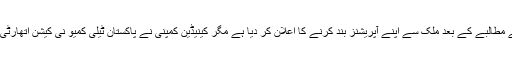
2015ء)بلیک بیری لمیٹڈ نے پاکستان میں حکومت کی جانب سے معلومات تک مکمل رسائی کے مطالبے کے بعد ملک سے اپنے آپریشنز بند کرنے کا اعلان کر دیا ہے مگر کینیڈین کمپنی نے پاکستان ٹیلی کمیو نی کیشن اتھارٹی کی جانب سے ایک ماہ کی نرمی کے نوٹیفیکیشن کے بعد معاملہ 31 دسمبر تک موخرکردیا ہے۔